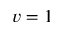
v = 1